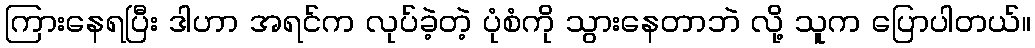
ကြားနေရပြီး ဒါဟာ အရင်က လုပ်ခဲ့တဲ့ ပုံစံကို သွားနေတာဘဲ လို့ သူက ပြောပါတယ်။